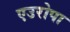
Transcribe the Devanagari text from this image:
एउरोपा